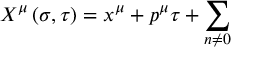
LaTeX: X ^ { \mu } \left( \sigma , \tau \right) = x ^ { \mu } + p ^ { \mu } \tau + \sum _ { n \neq 0 }